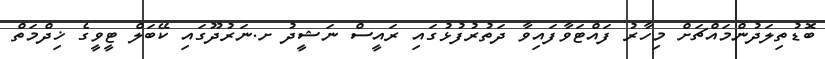
ބޮޑުތިލަދުންމައްޗަށް މިހާރު ފައްޓަވާފައިވާ ދަތުރުފުޅުގައި ރައީސް ނަޝީދު ށ.ނަރުދޫގައި ކޭބަލް ޓީވީގެ ޚިދްމަތް